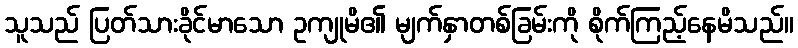
သူသည် ပြတ်သားခိုင်မာသော ဥကျုမိ၏ မျက်နှာတစ်ခြမ်းကို စိုက်ကြည့်နေမိသည်။